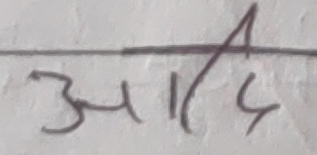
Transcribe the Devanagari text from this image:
आदि